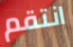
انتقم